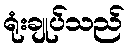
ရုံးချုပ်သည်